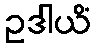
ဥဒါယိံ